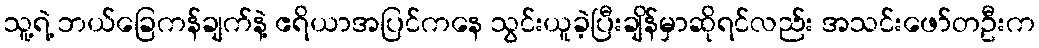
သူ့ရဲ့ ဘယ်ခြေကန်ချက်နဲ့ ဧရိယာအပြင်ကနေ သွင်းယူခဲ့ပြီးချိန်မှာဆိုရင်လည်း အသင်းဖော်တဦးက